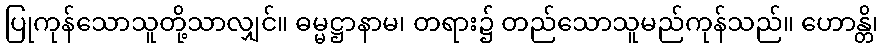
ပြုကုန်သောသူတို့သာလျှင်။ ဓမ္မဋ္ဌာနာမ၊ တရား၌ တည်သောသူမည်ကုန်သည်။ ဟောန္တိ၊